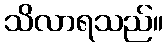
သိလာရသည်။